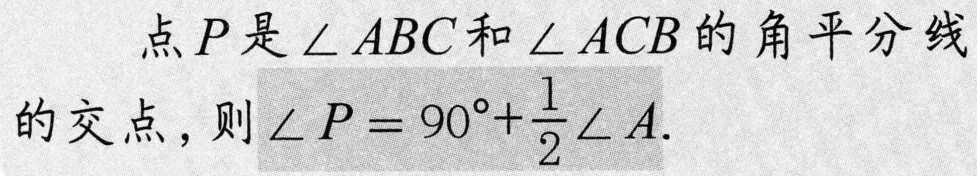
点 \(P\) 是 \(\angle ABC\) 和 \(\angle ACB\) 的角平分线
的交点，则 \(\angle P = 90^{\circ}+\frac{1}{2}\angle A\).